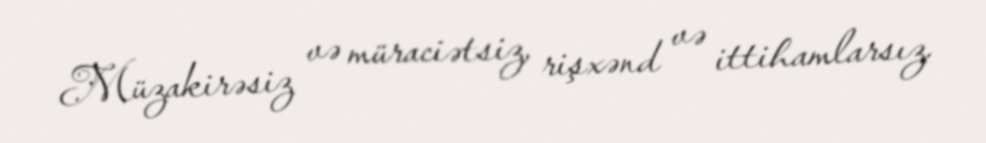
Müzakirəsiz və müraciətsiz, rişxənd və ittihamlarsız.